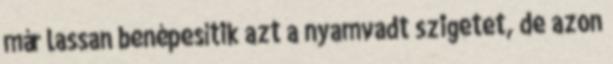
már lassan benépesítik azt a nyamvadt szigetet, de azon